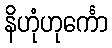
နိဟုံဟုင်္ကော